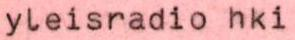
yleisradio hki